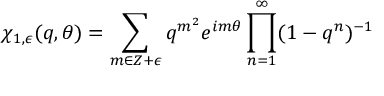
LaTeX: \chi _ { 1 , \epsilon } ( q , \theta ) = \sum _ { m \in Z + \epsilon } q ^ { m ^ { 2 } } e ^ { i m \theta } \prod _ { n = 1 } ^ { \infty } ( 1 - q ^ { n } ) ^ { - 1 }